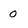
Character: 0